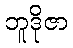
ဘူဒိုဇာ